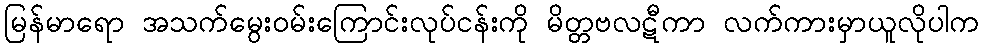
မြန်မာရော အသက်မွေးဝမ်းကြောင်းလုပ်ငန်းကို မိတ္တဗလဋီကာ လက်ကားမှာယူလိုပါက